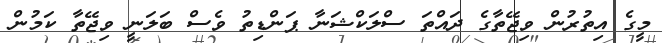
މީގެ އިތުރުން ވިޖޭތާގެ ދައްތަ ސްލަކްޝަނާ ޕަންޑިތު ވެސް ބަލަނީ ވިޖޭތާ ކަމުން